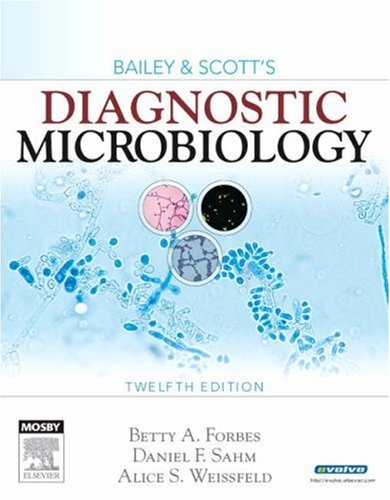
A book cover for Bailey & Scott's Diagnostic Microbiology, 12e (Diagnostic Microbiology (Bailey & Scott's)); Betty A. Forbes PhD  D(ABMM)  F(AAM); Medical Books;